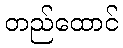
တည်ထောင်